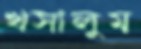
খসালুম